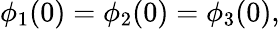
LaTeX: \phi_{1}(0)=\phi_{2}(0)=\phi_{3}(0),